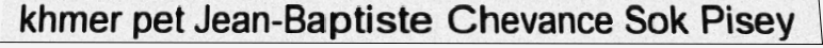
khmer pet Jean-Baptiste Chevance Sok Pisey